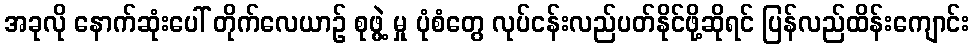
အခုလို နောက်ဆုံးပေါ် တိုက်လေယာဉ် စုဖွဲ့ မှု ပုံစံတွေ လုပ်ငန်းလည်ပတ်နိုင်ဖို့ဆိုရင် ပြန်လည်ထိန်းကျောင်း